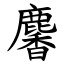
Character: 麘